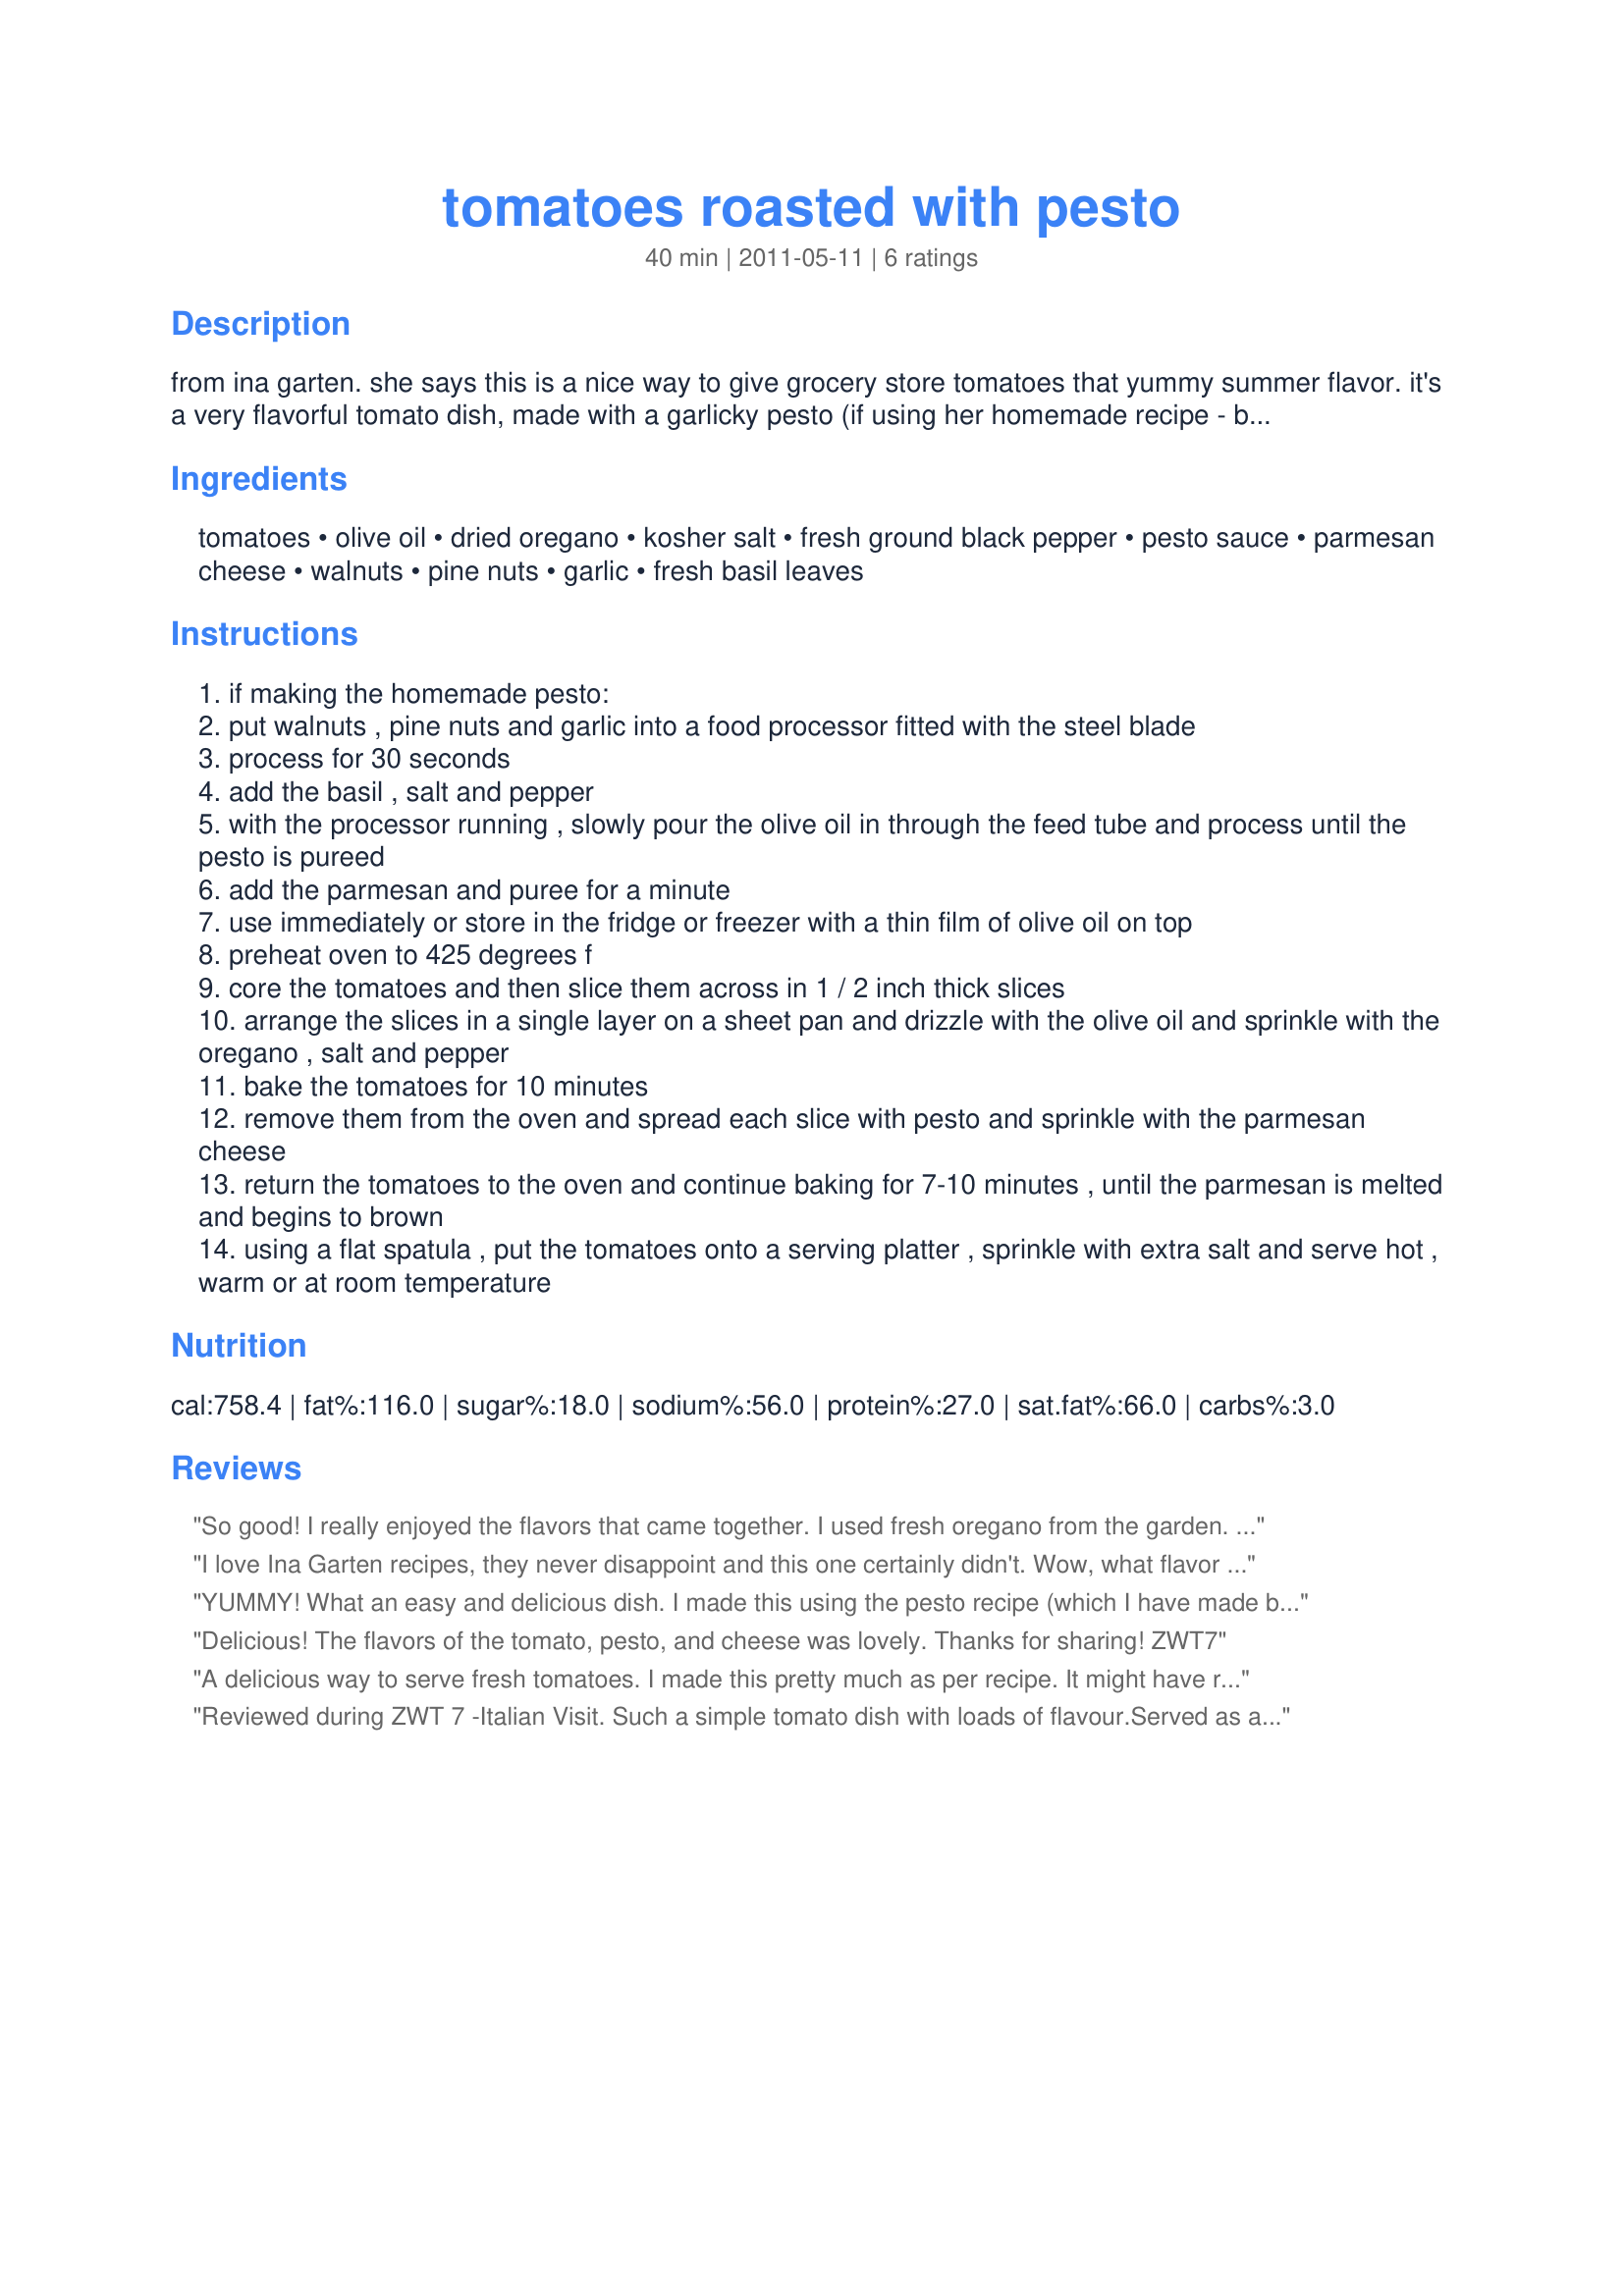
tomatoes roasted with pesto
Preparation time: 40 minutes

from ina garten. she says this is a nice way to give grocery store tomatoes that yummy summer flavor. it's a very flavorful tomato dish, made with a garlicky pesto (if using her homemade recipe - but you could also use store bought), so she recommends pairing it with something mild like fish. *prep time does not include making your own pesto. note: make sure to slice your tomatoes at least 1/2 inch thick.

Ingredients:
tomatoes, olive oil, dried oregano, kosher salt, fresh ground black pepper, pesto sauce, parmesan cheese, walnuts, pine nuts, garlic, fresh basil leaves

Steps:
if making the homemade pesto:
put walnuts , pine nuts and garlic into a food processor fitted with the steel blade
process for 30 seconds
add the basil , salt and pepper
with the processor running , slowly pour the olive oil in through the feed tube and process until the pesto is pureed
add the parmesan and puree for a minute
use immediately or store in the fridge or freezer with a thin film of olive oil on top
preheat oven to 425 degrees f
core the tomatoes and then slice them across in 1 / 2 inch thick slices
arrange the slices in a single layer on a sheet pan and drizzle with the olive oil and sprinkle with the oregano , salt and pepper
bake the tomatoes for 10 minutes
remove them from the oven and spread each slice with pesto and sprinkle with the parmesan cheese
return the tomatoes to the oven and continue baking for 7-10 minutes , until the parmesan is melted and begins to brown
using a flat spatula , put the tomatoes onto a serving platter , sprinkle with extra salt and serve hot , warm or at room temperature

Reviews:
So good! I really enjoyed the flavors that came together. I used fresh oregano from the garden. Thank you for a yummy way to eat tomatoes! Made for ZWT 2011-Italy.
I love Ina Garten recipes, they never disappoint and this one certainly didn't. Wow, what flavor from a simple beautiful fruit. The pesto and parmesan were perfect with it. I served it with Garlic Cheese bread and BBQ steak, made for a wonderful meal. Thanks so much for sharing LIG... Made for ZWT7 (Witchin Kitchen)
YUMMY! What an easy and delicious dish. I made this using the pesto recipe (which I have made before). Served this with bbq steak and fresh corn on the cob. Definately will make this again. Made for the Diabetic Forum and tailgating party.
Delicious! The flavors of the tomato, pesto, and cheese was lovely. Thanks for sharing! ZWT7
A delicious way to serve fresh tomatoes. I made this pretty much as per recipe. It might have roasted a little less than called for in the recipe. This was served as part of a real comfort meal including black-eyed peas, corn bread and fried okra. Made for the Diabetic Forum and the tailgate party.
Reviewed during ZWT 7 -Italian Visit. Such a simple tomato dish with loads of flavour.Served as a side with chicken Schnitzel and salad. Photo also to be posted
